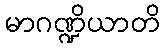
မာဂဏ္ဍိယာတိ